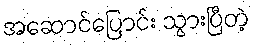
အဆောင်ပြောင်း သွားပြီတဲ့